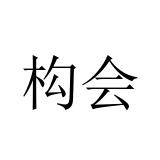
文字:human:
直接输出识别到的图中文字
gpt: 构会